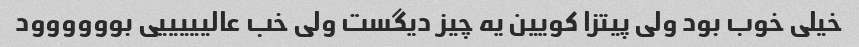
خیلی خوب بود ولی پیتزا کویین یه چیز دیگست ولی خب عالیییییی بوووووود